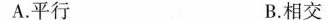
A.平行 B.相交